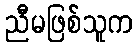
ညီမဖြစ်သူက